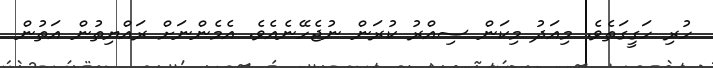
ހުރި ހަގީގަތެވެ. މިއަދު މިކަން ސިއްރު ކުރަން ނުޖެހޭނެއެވެ. އެމެންނަށް ރައްޔިތުން އަތުން